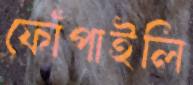
ফোঁপাইলি